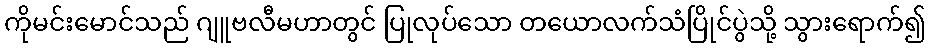
ကိုမင်းမောင်သည် ဂျူဗလီမဟာတွင် ပြုလုပ်သော တယောလက်သံပြိုင်ပွဲသို့ သွားရောက်၍